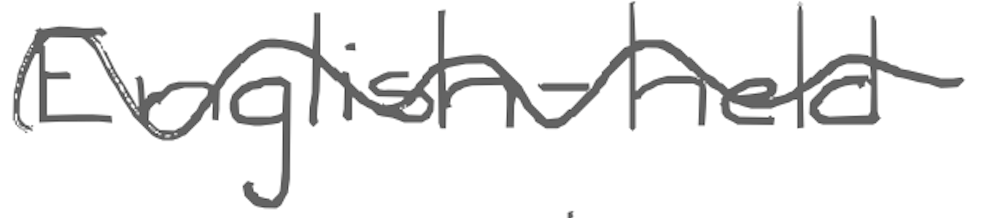
Text: English-held
Cross-out: wave
Writing tool: digital_gray